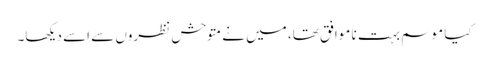
کیا موسم بہت نا موافق تھا، میں نے متوحش نظروں سے اسے دیکھا۔